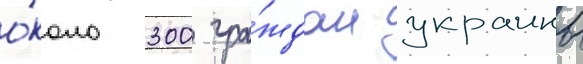
о́коло 300 гра́ждан украины